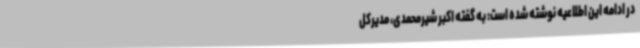
در ادامه این اطلاعیه نوشته شده است: به گفته اکبر شیرمحمدی، مدیرکل